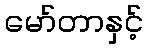
မော်တာနှင့်